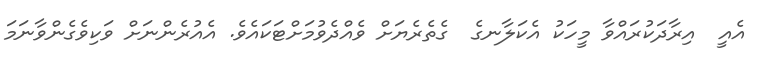
އެއީ  އިރާދަކުރައްވާ މީހަކު އެކަލާނގެ  ގެތެރެޔަށް ވެއްދެވުމަށްޓަކައެވެ. އެއުރެންނަށް ވަކިވެގެންވާނަމަ